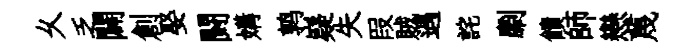
乆乏闢創娶闘媾鹑嶷失叚賊遇詫劘饋師戀蔑